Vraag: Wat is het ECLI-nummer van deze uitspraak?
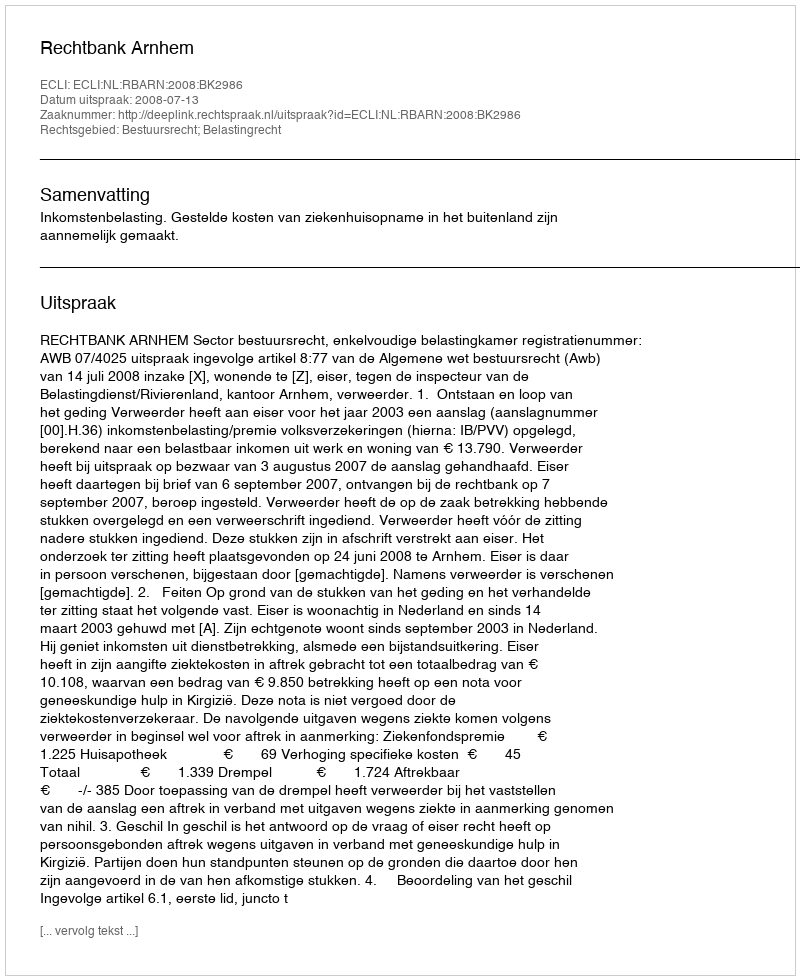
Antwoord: ECLI:NL:RBARN:2008:BK2986